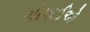
ચોપાઈઓ